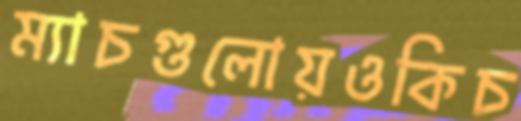
ম্যাচগুলোয়ওকিচ